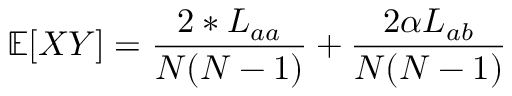
\mathbb { E } [ X Y ] = \frac { 2 * L _ { a a } } { N ( N - 1 ) } + \frac { 2 \alpha L _ { a b } } { N ( N - 1 ) }